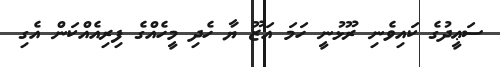
ސަޢީދުގެ ކައިވެނި ރޫޅުނީ ހަމަ އަޒޫ ޔާ ހެދި މީހެއްގެ ފިރިއެއްކަން އެގި